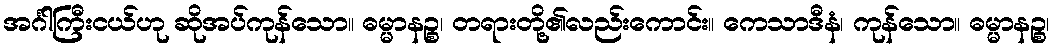
အင်္ဂါကြီးငယ်ဟု ဆိုအပ်ကုန်သော။ ဓမ္မာနဉ္စ၊ တရားတို့၏လည်းကောင်း။ ကေသာဒီနံ၊ ကုန်သော။ ဓမ္မာနဉ္စ၊